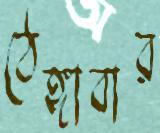
ঠেঙ্গাবার